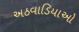
અઠવાડિયાઓ